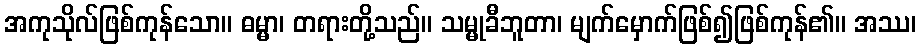
အကုသိုလ်ဖြစ်ကုန်သော။ ဓမ္မာ၊ တရားတို့သည်။ သမ္မုခီဘူတာ၊ မျက်မှောက်ဖြစ်၍ဖြစ်ကုန်၏။ အဿ၊